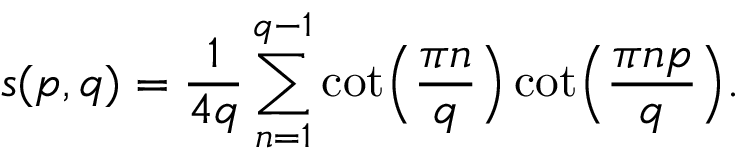
s ( p , q ) = { \frac { 1 } { 4 q } } \sum _ { n = 1 } ^ { q - 1 } \cot \Bigl ( { \frac { \pi n } { q } } \Bigr ) \cot \Bigl ( { \frac { \pi n p } { q } } \Bigr ) .